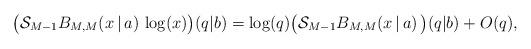
LaTeX: \begin{align*}\bigl(\mathcal{S}_{M-1} B_{M, M}(x\,|\,a)\,\log(x)\bigr)(q|b) = \log(q)\bigl(\mathcal{S}_{M-1} B_{M, M}(x\,|\,a)\,\bigr)(q|b)+ O(q),\end{align*}